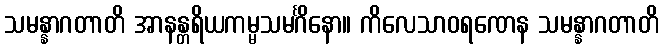
သမန္နာဂတာတိ အာနန္တရိယကမ္မသမင်္ဂိနော။ ကိလေသာဝရဏေန သမန္နာဂတာတိ